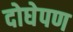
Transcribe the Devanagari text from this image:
दोघेपण